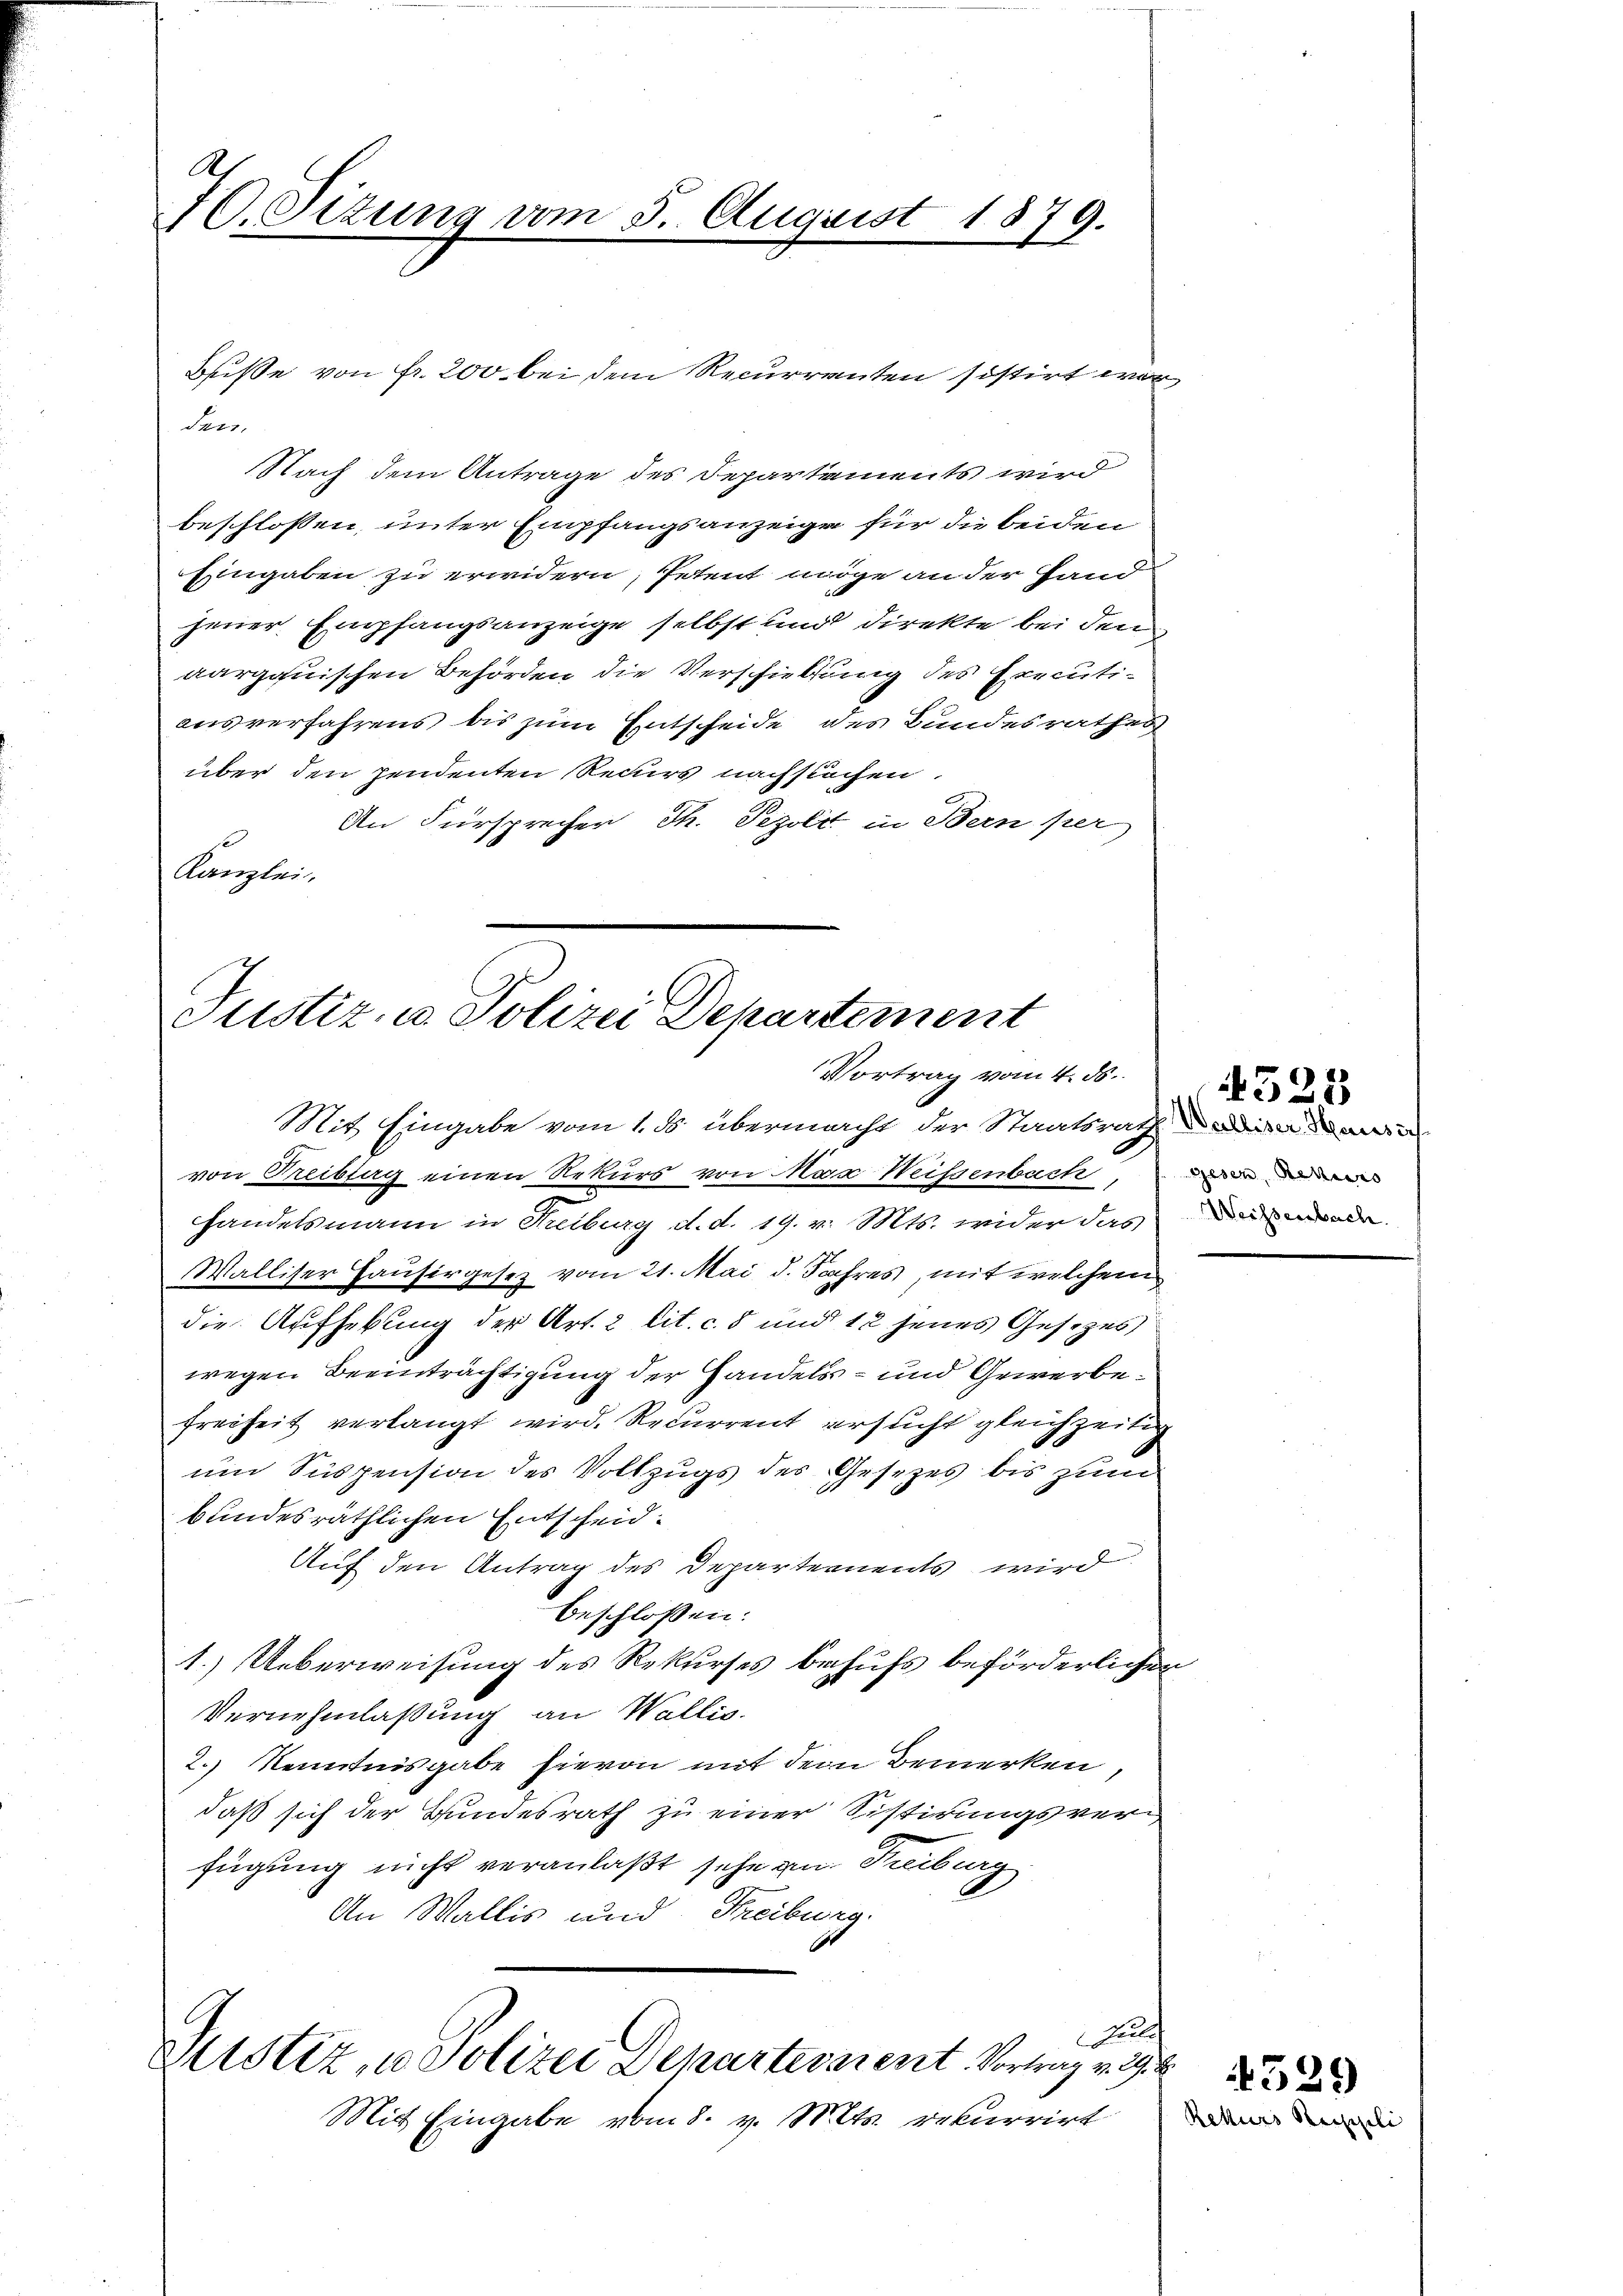
A.
70. Sizung vom 5. August 1879.

Buße von fr. 200 bei dem Recurrenten sistirt wor
den.
Nach dem Antrage des Departements wird
beschlossen, unter Empfangsanzeige für die beiden
Eingaben zu erwidern, Petent möge an der Handjener Empfangsanzeige selbst und direkte bei den
aargauischen Behörden die Verschiebung des Executiausverfahrens bis zum Entscheide des Bundesrathes
über den pendenten Recurs nachstuchen.
An Fürsprecher Th. Sezoli in Bern per
Kanzlei.

Mit Eingabe vom 1. ds. übermacht der Staatsrath in mei
von Freibtag einen Rekurs von Max Weissenbach,
handelsmann in Freiburg d. d. 19. v. Mts. wider das
Walliser Hausirgesez vom 21. Mai d. Jahres, mit welchem
die Aufhebung der Art. 2 lit. c. 5 und 12 jenes Gesezes
wegen Beeinträchtigung der Handels- und Gewerbe¬
Freiheit verlangt wird. Recurrent ersucht gleichzeitig
um Suspension des Vollzugs des Gesetzes bis zum
bundesräthlichen Entscheid
Auf den Antrag des Departements wird
beschloßen:
1.) Ueberweisung des Rekurses behufs beförderlichen
Vernehmlassung an Wallis.
2.) Kenntnisgabe hievon mit dem Bemerken,
daß sich der Bundesrath zu einer Sistirungsverfügung nicht veranlaßt sehe au Treiburg
An Wallis und Freiburg.
u
Justiz, u. Polizei Departevarent. Vortrag v. 29.
Mit Eingabe vom 8. v. Mts. rekurrirt

Justiz- u. Polizei Departement
Vortrag vom 4. ds.

gesen, Rekurs
Weisenbach.

4528

4329
Rekurs Reiseli